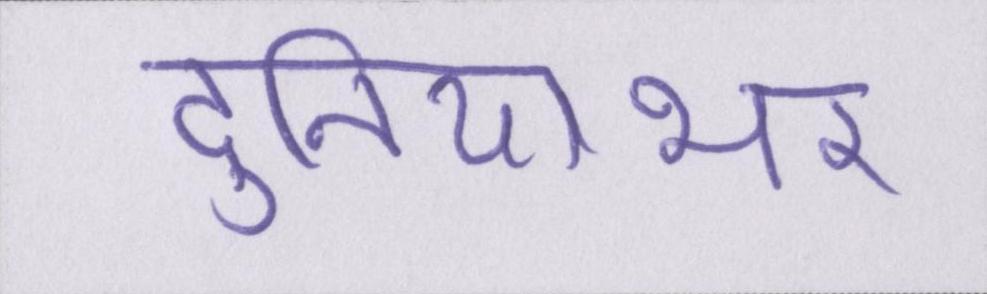
दुनियाभर